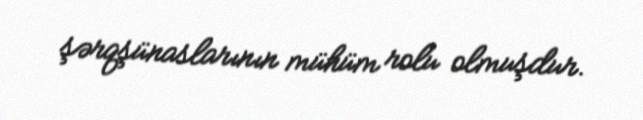
şərqşünaslarının mühüm rolu olmuşdur.